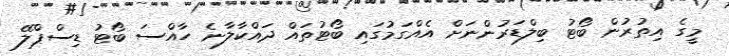
މީގެ އިތުރުން ބޯޓު ބިލްޑަރުންނަށް އެއްގަމުގައި ބޯޓުތައް ދައްކާލާނެ ހާއްސަ ބޯޓު ޑިސްޕްލޭ